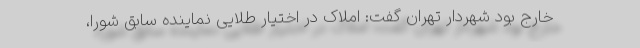
خارج بود شهردار تهران گفت: املاک در اختیار طلایی نماینده سابق شورا،